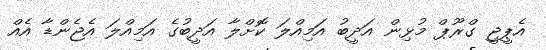
އެޕީޖީ ގްރޫޕް މުޅިން އަދީބު އަމިއްލަ ކޮށްލާ އަދީބުގެ އަމިއްލަ އެޖެންޑާ އެއް